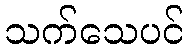
သက်သေပင်